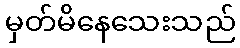
မှတ်မိနေသေးသည်